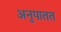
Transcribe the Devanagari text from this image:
अनुपातत